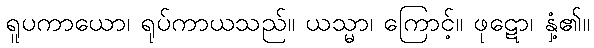
ရူပကာယော၊ ရုပ်ကာယသည်။ ယသ္မာ၊ ကြောင့်။ ဖုဋော၊ နှံ့၏။